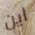
اين